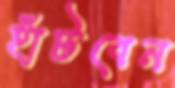
হাঁটবেন